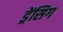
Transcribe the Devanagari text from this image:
ड्रेंसिग